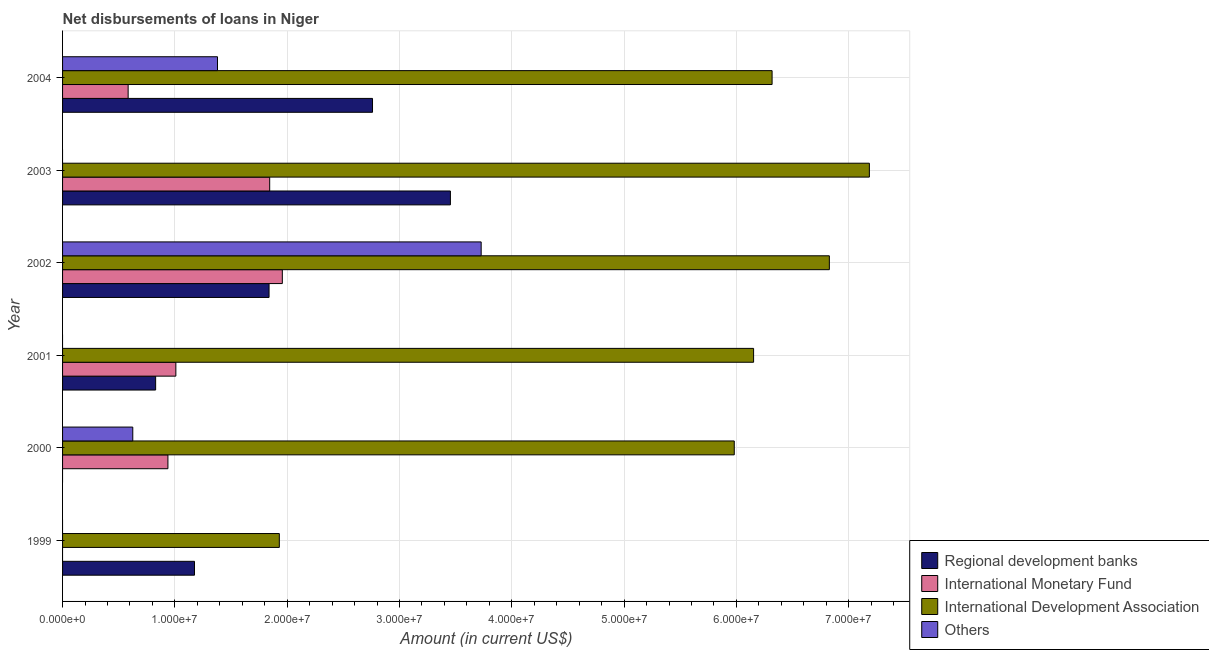
| Year | Regional development banks | International Monetary Fund | International Development Association | Others |
 | --- | --- | --- | --- | --- |
 | 1999 | 1.17e+07 | -4.15e+06 | 1.93e+07 | -2.92e+06 |
 | 2000 | -3.71e+05 | 9.38e+06 | 5.98e+07 | 6.25e+06 |
 | 2001 | 8.29e+06 | 1.01e+07 | 6.15e+07 | -8.27e+06 |
 | 2002 | 1.84e+07 | 1.96e+07 | 6.83e+07 | 3.73e+07 |
 | 2003 | 3.45e+07 | 1.84e+07 | 7.18e+07 | -1.29e+06 |
 | 2004 | 2.76e+07 | 5.84e+06 | 6.32e+07 | 1.38e+07 |